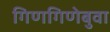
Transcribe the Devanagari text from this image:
गिणगिणेबुवा